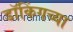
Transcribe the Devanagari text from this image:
डॉकिंगच्या